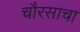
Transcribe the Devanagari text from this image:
चौरसाचा